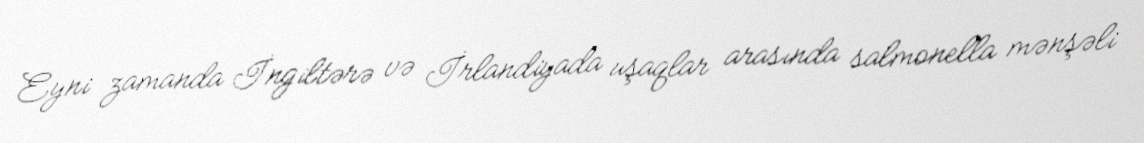
Eyni zamanda İngiltərə və İrlandiyada uşaqlar arasında salmonella mənşəli